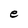
Character: e